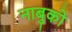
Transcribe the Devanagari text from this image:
नाबुको